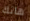
هانك